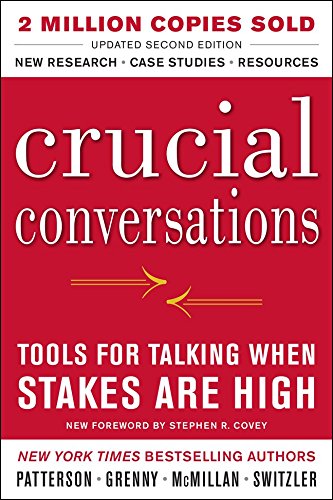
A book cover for Crucial Conversations Tools for Talking When Stakes Are High, Second Edition; Kerry Patterson; Parenting & Relationships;